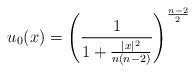
LaTeX: \begin{align*}u_0(x)= \left(\frac{1}{1+\frac{|x|^2}{n(n-2)}}\right)^{\frac{n-2}{2}}\end{align*}